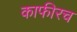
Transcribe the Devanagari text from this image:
काफीरच